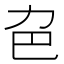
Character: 𠠾